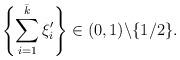
LaTeX: \begin{align*}\left\{\sum_{i=1}^{\bar{k}}\xi_{i}^{\prime}\right\}\in(0,1)\backslash\{1/2\}.\end{align*}